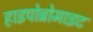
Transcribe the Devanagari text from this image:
हाइपोब्रोमाइट